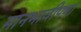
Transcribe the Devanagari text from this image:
मानभावीपणा